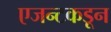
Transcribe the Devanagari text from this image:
एजन्टकडून